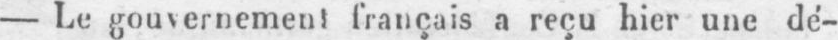
- Le gouvernement français a reçu hier une dé-